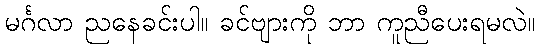
မင်္ဂလာ ညနေခင်းပါ။ ခင်ဗျားကို ဘာ ကူညီပေးရမလဲ။